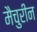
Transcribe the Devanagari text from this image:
मैचुरीन